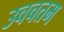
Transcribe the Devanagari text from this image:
उचचतम